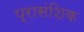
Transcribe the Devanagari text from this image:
प्रासंशिक